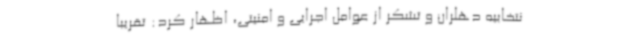
نتخابیه دهلران و تشکر از عوامل اجرایی و امنیتی، اظهار کرد: تقریبا